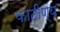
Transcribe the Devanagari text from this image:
काठीण्य